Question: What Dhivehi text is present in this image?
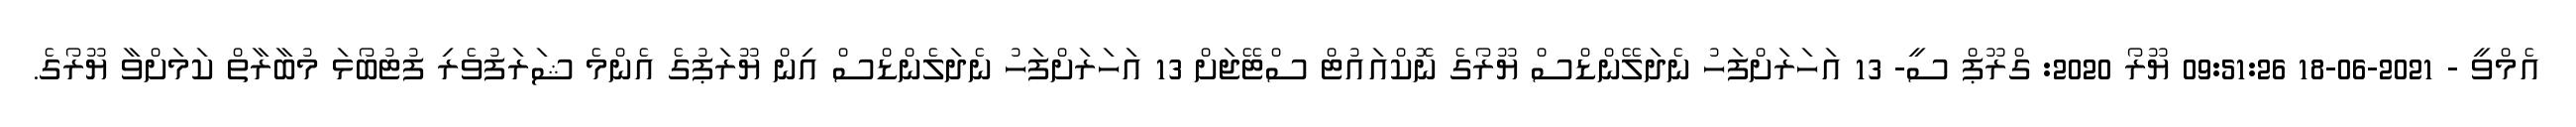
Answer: އެމްވީ - 2021-06-18 09:51:26 ޔޫރޯ 2020: ގްރޫޕް ސީ- 13 އަހަރަށްފަހު ނެދަލޭންޑްސް ޔޫރޯގެ ނޮކްއައުޓް ސްޓޭޖަށް 13 އަހަރަށްފަހު ނެދަލެންޑްސް އިން ޔޫރަޕުގެ އެންމެ ޝަރަފުވެރި ފުޓުބޯޅަ މުބާރާތް ކަމަށްވާ ޔޫރޯގެ.